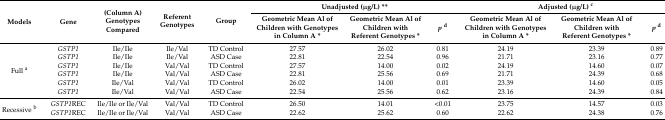
| <ROWSPAN=2> Models | <ROWSPAN=2> Gene | <ROWSPAN=2> (Column A) Genotypes Compared | <ROWSPAN=2> Referent Genotypes | <ROWSPAN=2> Group | <COLSPAN=3> Unadjusted (μg/L) ** | <COLSPAN=3> Adjusted (μg/L) c |
 | Geometric Mean Al of Children with Genotypes in Column A * | Geometric Mean Al of Children with Referent Genotypes * | pd | Geometric Mean Al of Children with Genotypes in Column A * | Geometric Mean Al of Children with Referent Genotypes * | pd |
 | --- | --- | --- | --- | --- | --- | --- | --- | --- | --- | --- |
 | <ROWSPAN=6> Full a | GSTP1 | Ile/Ile | Ile/Val | TD Control | 27.57 | 26.02 | 0.81 | 24.19 | 23.39 | 0.89 |
 | GSTP1 | Ile/Ile | Ile/Val | ASD Case | 22.81 | 22.54 | 0.96 | 21.71 | 23.16 | 0.77 |
 | GSTP1 | Ile/Ile | Val/Val | TD Control | 27.57 | 14.00 | 0.02 | 24.19 | 14.60 | 0.07 |
 | GSTP1 | Ile/Ile | Val/Val | ASD Case | 22.81 | 25.56 | 0.69 | 21.71 | 24.39 | 0.68 |
 | GSTP1 | Ile/Val | Val/Val | TD Control | 26.02 | 14.00 | 0.01 | 23.39 | 14.60 | 0.05 |
 | GSTP1 | Ile/Val | Val/Val | ASD Case | 22.54 | 25.56 | 0.62 | 23.16 | 24.39 | 0.84 |
 | <ROWSPAN=2> Recessive b | GSTP1REC | Ile/Ile or Ile/Val | Val/Val | TD Control | 26.50 | 14.01 | <0.01 | 23.75 | 14.57 | 0.03 |
 | GSTP1REC | Ile/Ile or Ile/Val | Val/Val | ASD Case | 22.62 | 25.62 | 0.60 | 22.62 | 24.38 | 0.76 |